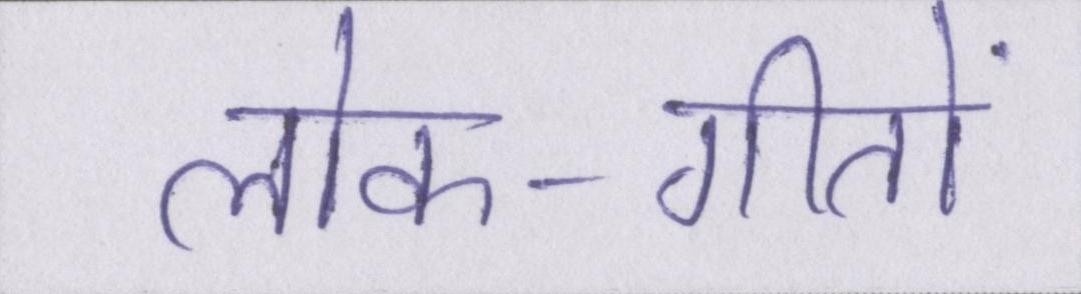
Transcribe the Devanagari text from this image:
लोक-गीतों